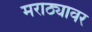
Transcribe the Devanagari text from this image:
मराठ्यावर